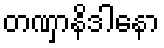
တဏှာနိဒါနော